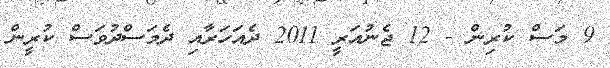
9 މަސް ކުރިން - 12 ޖެނުއަރީ 2011 ދެއަހަރާއި ދެމަސްދުވަސް ކުރީން